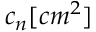
c _ { n } [ c m ^ { 2 } ]